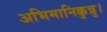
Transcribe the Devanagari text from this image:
अभिमानिक्कुन्नु।